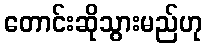
တောင်းဆိုသွားမည်ဟု